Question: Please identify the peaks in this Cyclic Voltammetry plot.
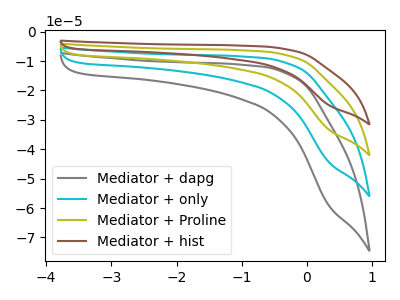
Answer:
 <answer>The gray curve "Mediator + dapg" has no peaks. The cyan curve "Mediator + only" has no peaks. The olive curve "Mediator + Proline" has no peaks. The brown curve "Mediator + hist" has no peaks.</answer>
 <eval></eval>